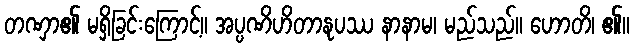
တဏှာ၏ မရှိခြင်းကြောင့်။ အပ္ပဏိဟိတာနုပဿ နာနာမ၊ မည်သည်။ ဟောတိ၊ ၏။